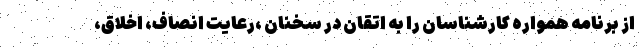
از برنامه همواره کارشناسان را به اتقان در سخنان ،رعایت انصاف، اخلاق،